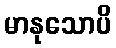
မာနုသောပိ